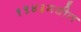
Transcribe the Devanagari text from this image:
१९४३मधील